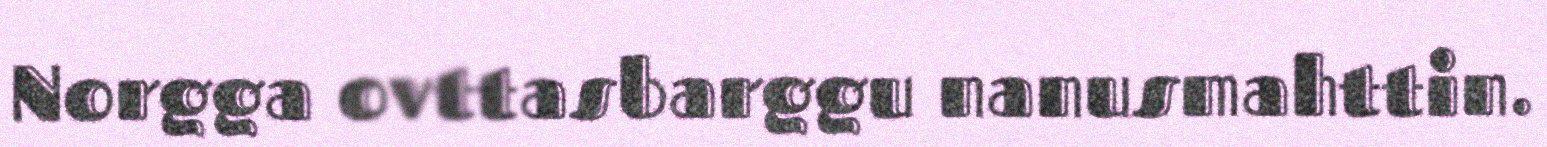
Norgga ovttasbarggu nanusmahttin.